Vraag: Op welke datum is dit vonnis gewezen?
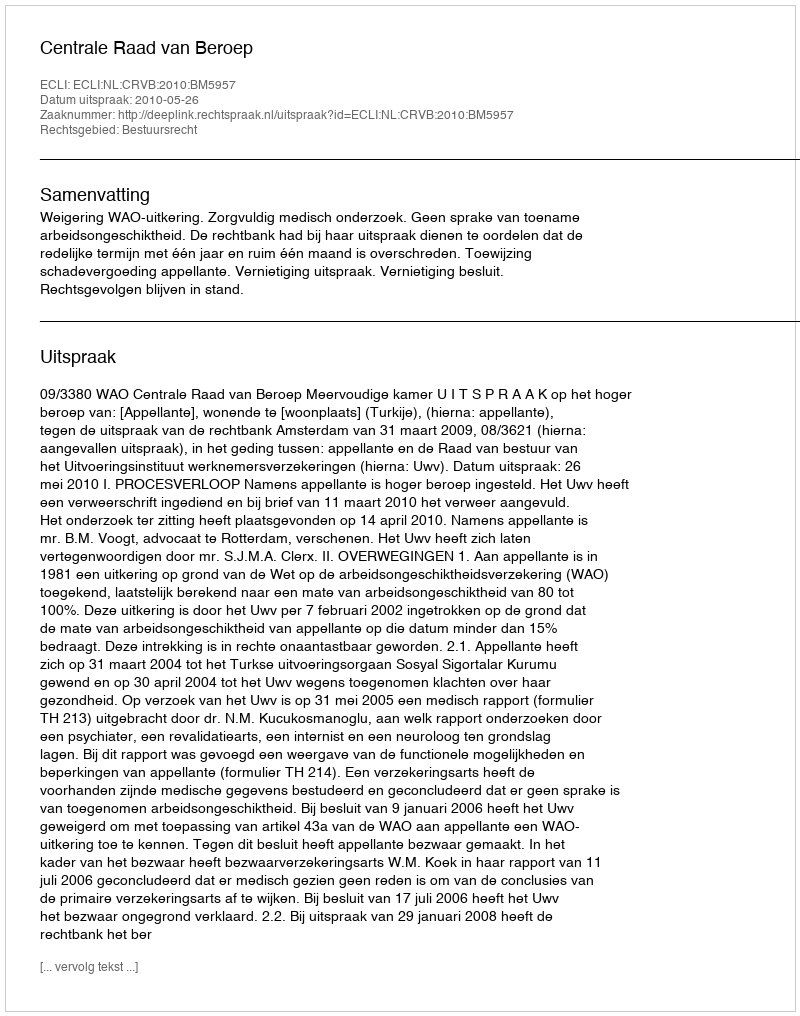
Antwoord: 2010-05-26